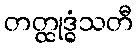
တတ္ထုဒ္ဓံသတီ